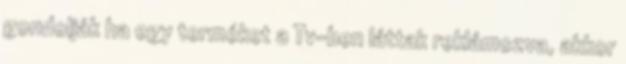
gondolják ha egy terméket a Tv-ben láttak reklámozva, akkor